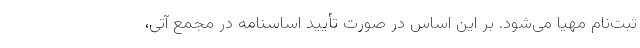
ثبت‌نام مهیا می‌شود. بر این اساس در صورت تأیید اساسنامه در مجمع آتی،